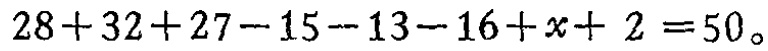
\(28 + 32+27 - 15 - 13 - 16+x + 2 = 50\)